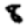
Digit: 8